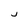
Character: J